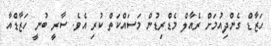
ހަޒާޑް ގެންދިއުމަށް ރެއާލް މެޑްރިޑުން މަސައްކަތް ކުރި އެވެ. ސާރީ ބުނީ ހަޒާޑްއާ